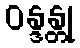
ဝန္ဒန္တု